Leucocytozoon canis - Number 26
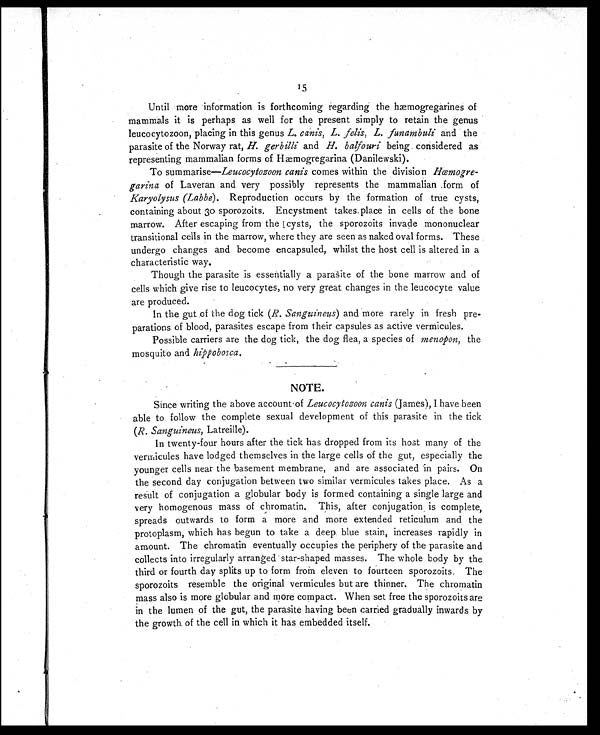
15
Until more information is forthcoming regarding the hæmogregarines of
mammals it is perhaps as well for the present simply to retain the genus
leucocytozoon, placing in this genus L. canis, L. felis, L. funambuli and the
parasite of the Norway rat, H. gerbilli and H. balfouri being considered as
representing mammalian forms of Hæmogregarina (Danilewski).
To summarise—Leucocytozoon canis comes within the division Hœmogre-
garina of Laveran and very possibly represents the mammalian form of
Karyolysus (Labbe). Reproduction occurs by the formation of true cysts,
containing about 30 sporozoits. Encystment takes place in cells of the bone
marrow. After escaping from the cysts, the sporozoits invade mononuclear
transitional cells in the marrow, where they are seen as naked oval forms. These
undergo changes and become encapsuled, whilst the host cell is altered in a
characteristic way.
Though the parasite is essentially a parasite of the bone marrow and of
cells which give rise to leucocytes, no very great changes in the leucocyte value
are produced.
In the gut of the dog tick ( R. Sanguineus ) and more rarely in fresh pre-
parations of blood, parasites escape from their capsules as active vermicules.
Possible carriers are the dog tick, the dog flea, a species of menopon , the
mosquito and hippobosca.
NOTE.
Since writing the above account of Leucocytozoon canis (James), I have been
able to follow the complete sexual development of this parasite in the tick
( R. Sanguineus, Latreille).
In twenty-four hours after the tick has dropped from its host many of the
vermicules have lodged themselves in the large cells of the gut, especially the
younger cells near the basement membrane, and are associated in pairs. On
the second day conjugation between two similar vermicules takes place. As a
result of conjugation a globular body is formed containing a single large and
very homogenous mass of chromatin. This, after conjugation is complete,
spreads outwards to form a more and more extended reticulum and the
protoplasm, which has begun to take a deep blue stain, increases rapidly in
amount. The chromatin eventually occupies the periphery of the parasite and
collects into irregularly arranged star-shaped masses. The whole body by the
third or fourth day splits up to form from eleven to fourteen sporozoits. The
sporozoits resemble the original vermicules but are thinner. The chromatin
mass also is more globular and more compact. When set free the sporozoits are
in the lumen of the gut, the parasite having been carried gradually inwards by
the growth of the cell in which it has embedded itself.